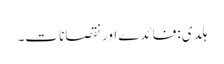
ہلدی:فائدے اور نقصانات۔